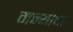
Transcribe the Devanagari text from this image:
मन्याचा